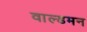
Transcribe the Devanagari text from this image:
वाल्डमन